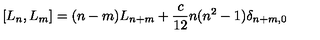
[ L _ { n } , L _ { m } ] = ( n - m ) L _ { n + m } + \frac { c } { 1 2 } n ( n ^ { 2 } - 1 ) \delta _ { n + m , 0 }